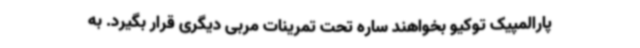
پارالمپیک توکیو بخواهند ساره تحت تمرینات مربی دیگری قرار بگیرد. به